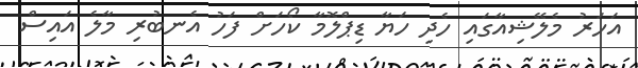
އަހަރު މެލޭޝިއާގައި ހެދި ހަޔާ ޑިޕްލޮމާ ކޯހަށް ފަހު އެނބުރި މާލެ އައިސް